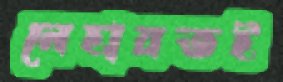
নেহায়তই